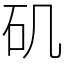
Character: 矶